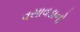
વસાવડાનો